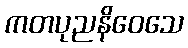
ကတပုညနိဝေသေ